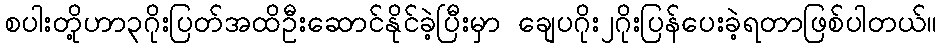
စပါးတို့ဟာ၃ဂိုးပြတ်အထိဦးဆောင်နိုင်ခဲ့ပြီးမှာ ချေပဂိုး၂ဂိုးပြန်ပေးခဲ့ရတာဖြစ်ပါတယ်။